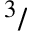
^ 3 /